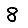
Digit: 8